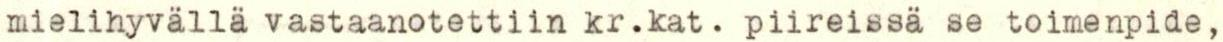
mielinyvällä vastaanotettiin kr.kat. piireissä se toimenpide,